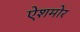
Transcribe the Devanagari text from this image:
ऐशमोर